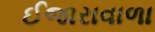
ઈજારાવાળા